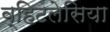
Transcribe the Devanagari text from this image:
व्हिटलेसिया